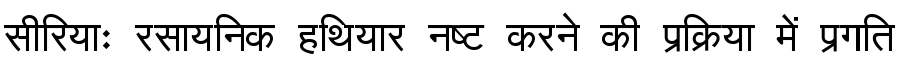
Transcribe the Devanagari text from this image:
सीरियाः रसायनिक हथियार नष्ट करने की प्रक्रिया में प्रगति